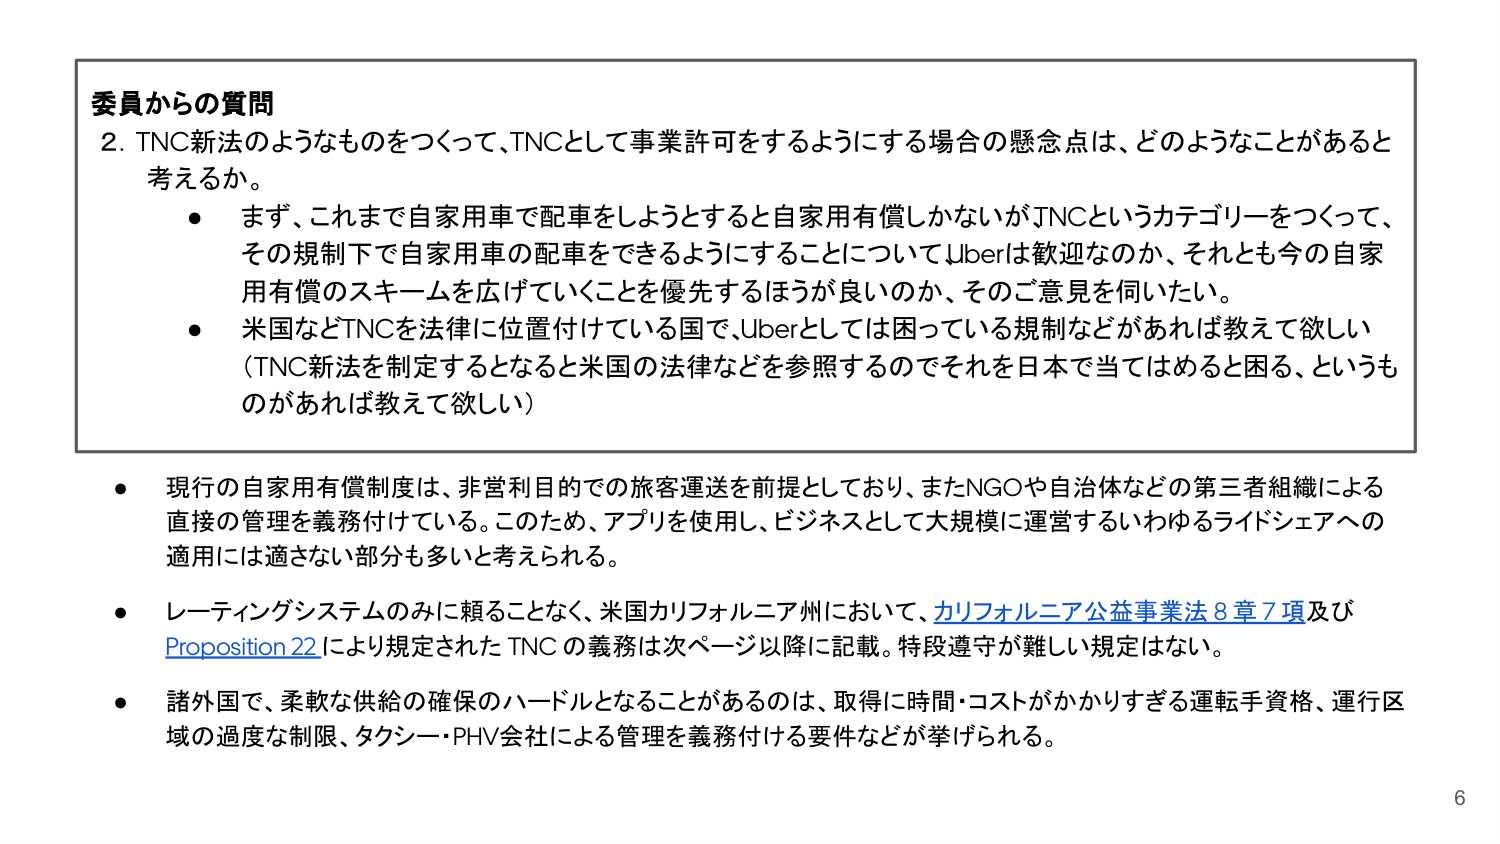
委員からの質問
2. TNC新法のようなものをつくって、TNCとして事業許可をするようにする場合の懸念点は、どのようなことがあると考えるか。
・ まず、これまで自家用車で配車をしようとするとき自家用有償しかないがJNCというカテゴリーをつくって、その規制下で自家用車の配車をできるようにすることについてUberは歓迎なのか、それとも今の自家用有償のスキームを広げていくことを優先するほうが良いのか、そのご意見を伺いたい。
・ 米国などTNCを法律に位置付けている国で、Uberとしては困っている規制などがあれば教えて欲しい（TNC新法を制定するとなると米国の法律などを参照するのでそれを日本で当てはめると困る、というものがあれば教えて欲しい）

・ 現行の自家用有償制度は、非営利目的での旅客運送を前提としており、またNGOや自治体などの第三者組織による直接の管理を義務付けている。このため、アプリを使用し、ビジネスとして大規模に運営するいわゆるライドシェアへの適用には適さない部分も多いと考えられる。
・ レーティングシステムのみに頼ることなく、米国カリフォルニア州において、カリフォルニア公益事業法8章7項及びProposition 22により規定されたTNCの義務は次ページ以降に記載。特段遵守が難しい規定はない。
・ 諸外国で、柔軟な供給の確保のハードルとなることがあるのは、取得に時間・コストがかかりすぎる運転手資格、運行区域の過度な制限、タクシー・PHV会社による管理を義務付ける要件などが挙げられる。

6